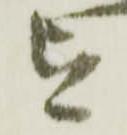
を